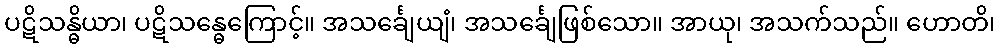
ပဋိသန္ဓိယာ၊ ပဋိသန္ဓေကြောင့်။ အသင်္ချေယျံ၊ အသင်္ချေဖြစ်သော။ အာယု၊ အသက်သည်။ ဟောတိ၊